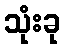
သုံးခု